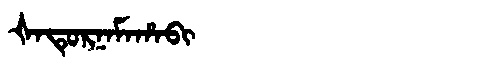
Manchu: ᡧᠠᡨᡠᡵᠨᠠᠮᠠᡥᠠᠪᡳ
Romanization: ŠATURNAMAHABI